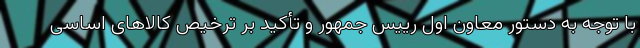
با توجه به دستور معاون اول رییس جمهور و تأکید بر ترخیص کالاهای اساسی